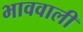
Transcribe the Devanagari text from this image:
भाववाली